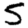
Digit: 5